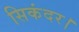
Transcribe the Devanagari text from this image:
सिकंदर।